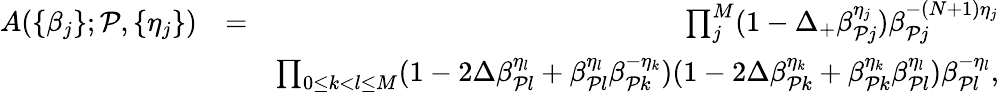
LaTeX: \begin{array}{rlr}{A(\{ \beta_{j}\} ;\mathcal{P},\{ \eta_{j}\} )}&{=}&{\prod_{j}^{M}(1-\Delta_{+}\beta_{\mathcal{P}j}^{\eta_{j}})\beta_{\mathcal{P}j}^{-(N+1)\eta_{j}}}\\ &{}&{\prod_{0\le k<l\le M}(1-2\Delta\beta_{\mathcal{P}l}^{\eta_{l}}+\beta_{\mathcal{P}l}^{\eta_{l}}\beta_{\mathcal{P}k}^{-\eta_{k}})(1-2\Delta\beta_{\mathcal{P}k}^{\eta_{k}}+\beta_{\mathcal{P}k}^{\eta_{k}}\beta_{\mathcal{P}l}^{\eta_{l}})\beta_{\mathcal{P}l}^{-\eta_{l}},}\end{array}